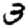
Digit: 3